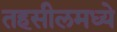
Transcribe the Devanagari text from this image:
तहसीलमध्ये